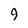
Character: 9